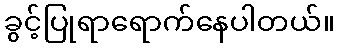
ခွင့်ပြုရာရောက်နေပါတယ်။